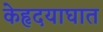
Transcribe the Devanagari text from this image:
केहृदयाघात